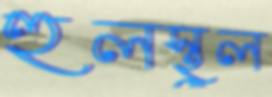
হুলস্থুল